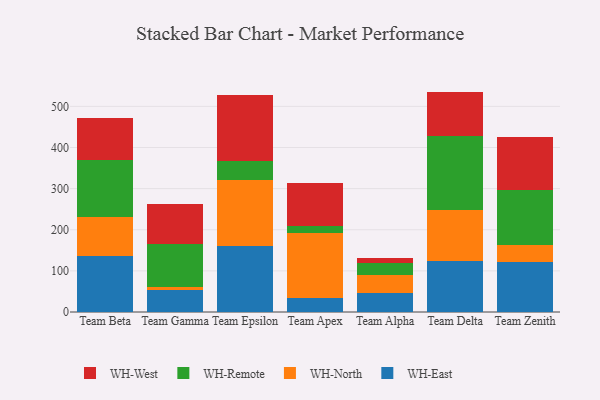
{"axis": {"x": "Team", "y": "Tickets Resolved"}, "legend": ["WH-East", "WH-North", "WH-Remote", "WH-West"], "data": [{"x": "Team Beta", "y": 136.6, "type": "WH-East"}, {"x": "Team Beta", "y": 93.3, "type": "WH-North"}, {"x": "Team Beta", "y": 139.4, "type": "WH-Remote"}, {"x": "Team Beta", "y": 101.4, "type": "WH-West"}, {"x": "Team Gamma", "y": 53.2, "type": "WH-East"}, {"x": "Team Gamma", "y": 8.8, "type": "WH-North"}, {"x": "Team Gamma", "y": 103.3, "type": "WH-Remote"}, {"x": "Team Gamma", "y": 96.1, "type": "WH-West"}, {"x": "Team Epsilon", "y": 160.9, "type": "WH-East"}, {"x": "Team Epsilon", "y": 160.2, "type": "WH-North"}, {"x": "Team Epsilon", "y": 46.1, "type": "WH-Remote"}, {"x": "Team Epsilon", "y": 159.6, "type": "WH-West"}, {"x": "Team Apex", "y": 34.8, "type": "WH-East"}, {"x": "Team Apex", "y": 156.7, "type": "WH-North"}, {"x": "Team Apex", "y": 16.8, "type": "WH-Remote"}, {"x": "Team Apex", "y": 105.1, "type": "WH-West"}, {"x": "Team Alpha", "y": 45.6, "type": "WH-East"}, {"x": "Team Alpha", "y": 45.4, "type": "WH-North"}, {"x": "Team Alpha", "y": 27.8, "type": "WH-Remote"}, {"x": "Team Alpha", "y": 12.8, "type": "WH-West"}, {"x": "Team Delta", "y": 125.1, "type": "WH-East"}, {"x": "Team Delta", "y": 123.6, "type": "WH-North"}, {"x": "Team Delta", "y": 179.6, "type": "WH-Remote"}, {"x": "Team Delta", "y": 107.6, "type": "WH-West"}, {"x": "Team Zenith", "y": 120.5, "type": "WH-East"}, {"x": "Team Zenith", "y": 41.4, "type": "WH-North"}, {"x": "Team Zenith", "y": 135.0, "type": "WH-Remote"}, {"x": "Team Zenith", "y": 128.2, "type": "WH-West"}]}